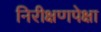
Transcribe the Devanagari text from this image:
निरीक्षणपेक्षा